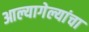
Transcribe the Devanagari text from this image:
आल्यागेल्यांचा